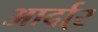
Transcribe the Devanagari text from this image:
आर्दा्र